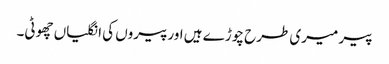
پیر میری طرح چوڑے ہیں اورپیروں کی انگلیاں چھوٹی۔